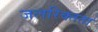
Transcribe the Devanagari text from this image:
जलरिक्तता